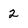
Character: 2